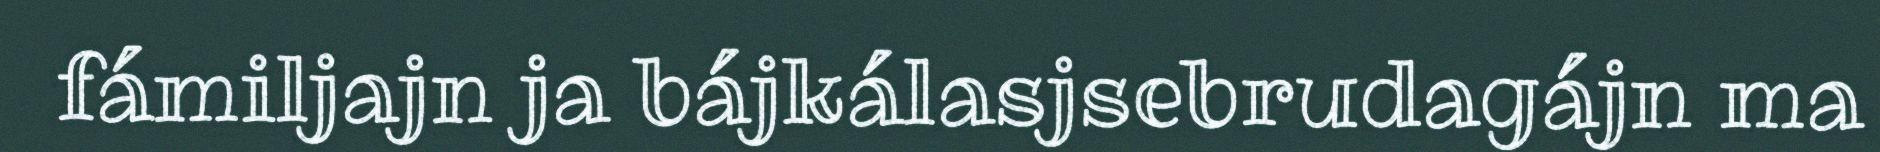
fámiljajn ja bájkálasjsebrudagájn ma